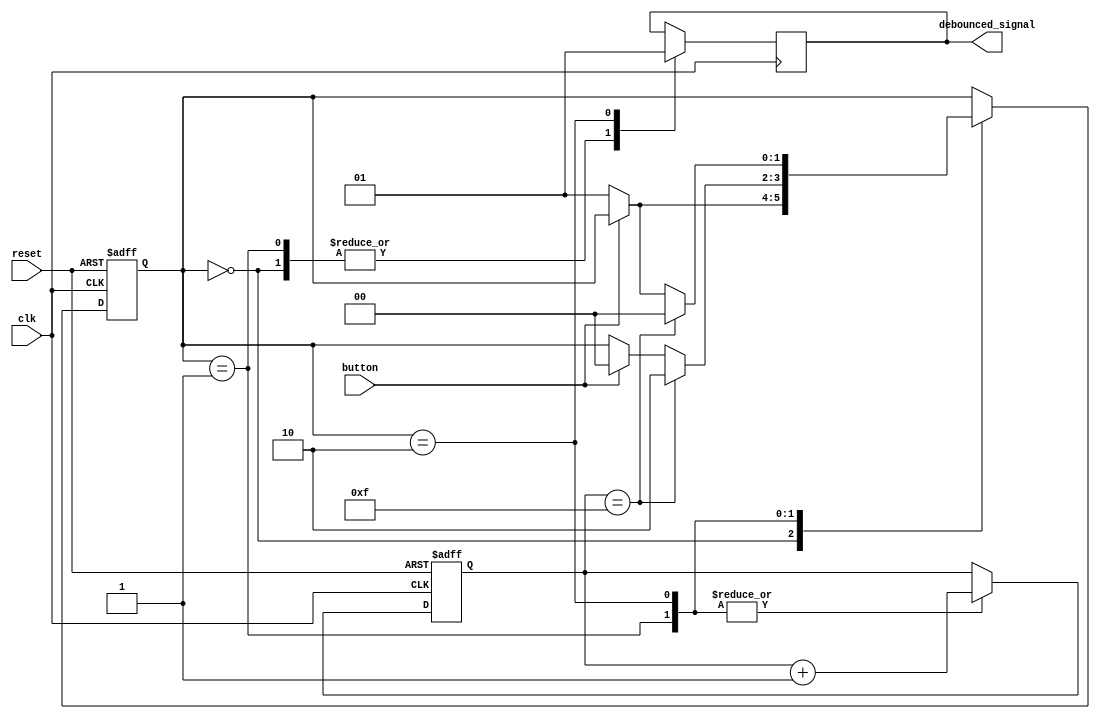
module debounce_circuit(
    input wire clk,
    input wire reset,
    input wire button,
    output reg debounced_signal
);

// State definitions
parameter IDLE = 2'b00;
parameter PRESS_DEBOUNCE = 2'b01;
parameter RELEASE_DEBOUNCE = 2'b10;

// Internal signals
reg [1:0] state;
reg [3:0] counter;

always @(posedge clk or posedge reset) begin
    if (reset) begin
        state <= IDLE;
        counter <= 4'b0000;
    end else begin
        case (state)
            IDLE:
                if (button == 1'b0)
                    state <= PRESS_DEBOUNCE;
            PRESS_DEBOUNCE:
                begin
                    counter <= counter + 1;
                    if (counter == 4'b1111)
                        state <= RELEASE_DEBOUNCE;
                    else if (button == 1'b1)
                        state <= IDLE;
                end
            RELEASE_DEBOUNCE:
                begin
                    counter <= counter + 1;
                    if (counter == 4'b1111)
                        state <= IDLE;
                    else if (button == 1'b0)
                        state <= PRESS_DEBOUNCE;
                end
        endcase
    end
end

always @(posedge clk) begin
    case (state)
        IDLE:
            debounced_signal <= 1'b0;
        PRESS_DEBOUNCE:
            debounced_signal <= 1'b0;
        RELEASE_DEBOUNCE:
            debounced_signal <= 1'b1;
    endcase
end

endmodule